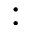
: